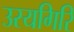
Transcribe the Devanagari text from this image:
उरयगिरि